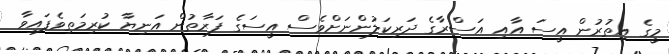
މީގެ އިތުރުން އީސަ އާއި އަސްރާގެ ދަރިކަލުންނަށްވެސް އީސަގެ ފަރާތުން އަނިޔާ ކުރިމަތިވެފައިވާ